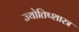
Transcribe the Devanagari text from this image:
ज्योतिष्शास्त्र